Civil Veterinary Dept. Assam report 1927-50 - 1927-1950
Year: 1927
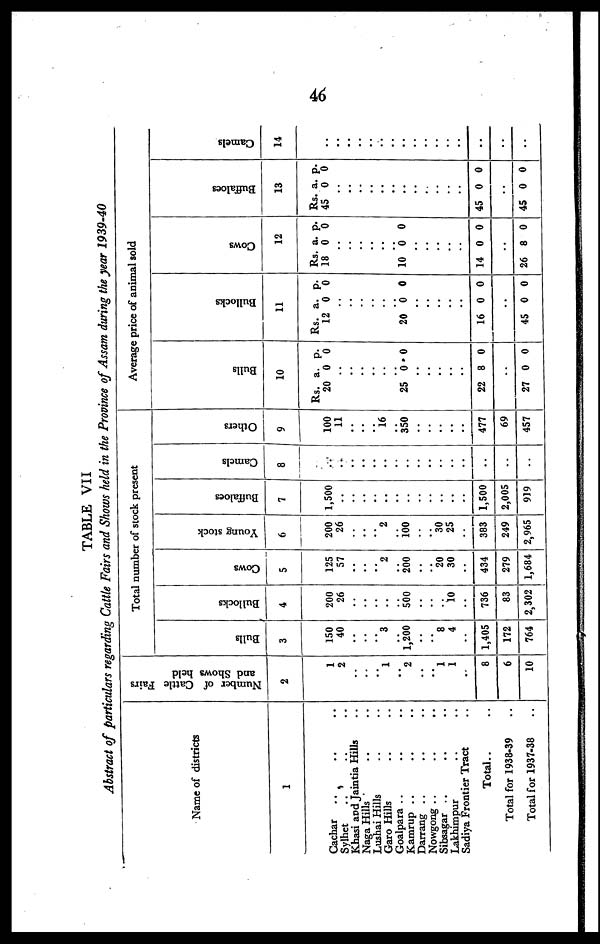
46
TABLE VII
Abstract of particulars regarding Cattle Fairs and Shows held in the Province of Assam during the year 1939-40
Name of districts
1
Cachar .. .. ..
Sylhet .. .. ..
Khasi and Jaintia Hills ..
Naga Hills
Lushai Hills
Garo Hills .. ..
Goalpara .. .. ..
Kamrup .. .. ..
Darrang .. .. ..
Nowgong .. .. ..
Sibsagar .. .. ..
Lakhimpur .. ..
Sadiya Frontier Tract ..
Total.. ..
Total for 1938-39 ..
Total for 1937-38 ..
Number of Cattle Fairs
and Shows held
2
1
2
..
..
..
1
..
2
..
..
1
1
..
8
6
10
Total number of stock present
Bulls
3
150
40
..
..
.. 3
..
1,200
..
..
8
4
..
1,405
172
764
Bullocks
4
200
26
..
..
..
..
..
500
..
..
..
10
..
736
83
2,302
Cows
5
125
57
..
..
.. 2
..
200
..
..
20
30
..
434
279
1,684
Young stock
6
200
26
..
..
.. 2
..
100
..
..
30
25
..
383
249
2,965
Buffaloes
7
1,500
..
..
..
..
..
..
..
..
..
..
..
..
1,500
2,005
919
Camels
8
..
..
..
..
..
..
..
..
..
..
..
..
..
..
..
Others
9
100
11
..
..
.. 16
..
350
..
..
..
..
..
477
69
457
Average price of animal sold
Bul l s
10
Rs.
20
..
..
..
..
..
..
25
..
..
..
..
..
22
27
a.
0
0
8
..
0
p.
0
0
0
0
Bullocks
11
Rs.
12
..
..
..
..
..
..
20
..
..
..
..
..
16
45
a.
0
0
0
..
0
p.
0
0
0
0
Cows
12
Rs.
18
..
..
..
..
..
..
10
..
..
..
..
..
14
..
26
a.
0
0
0
8
p.
0
0
0
0
Buffaloes
13
Rs.
45
..
..
..
..
.
..
..
..
..
..
..
..
45
..
45
a.
0
.
0
0
p.
0
0
0
Camels
14
..
..
..
..
..
..
..
..
..
..
..
..
..
..
..
..